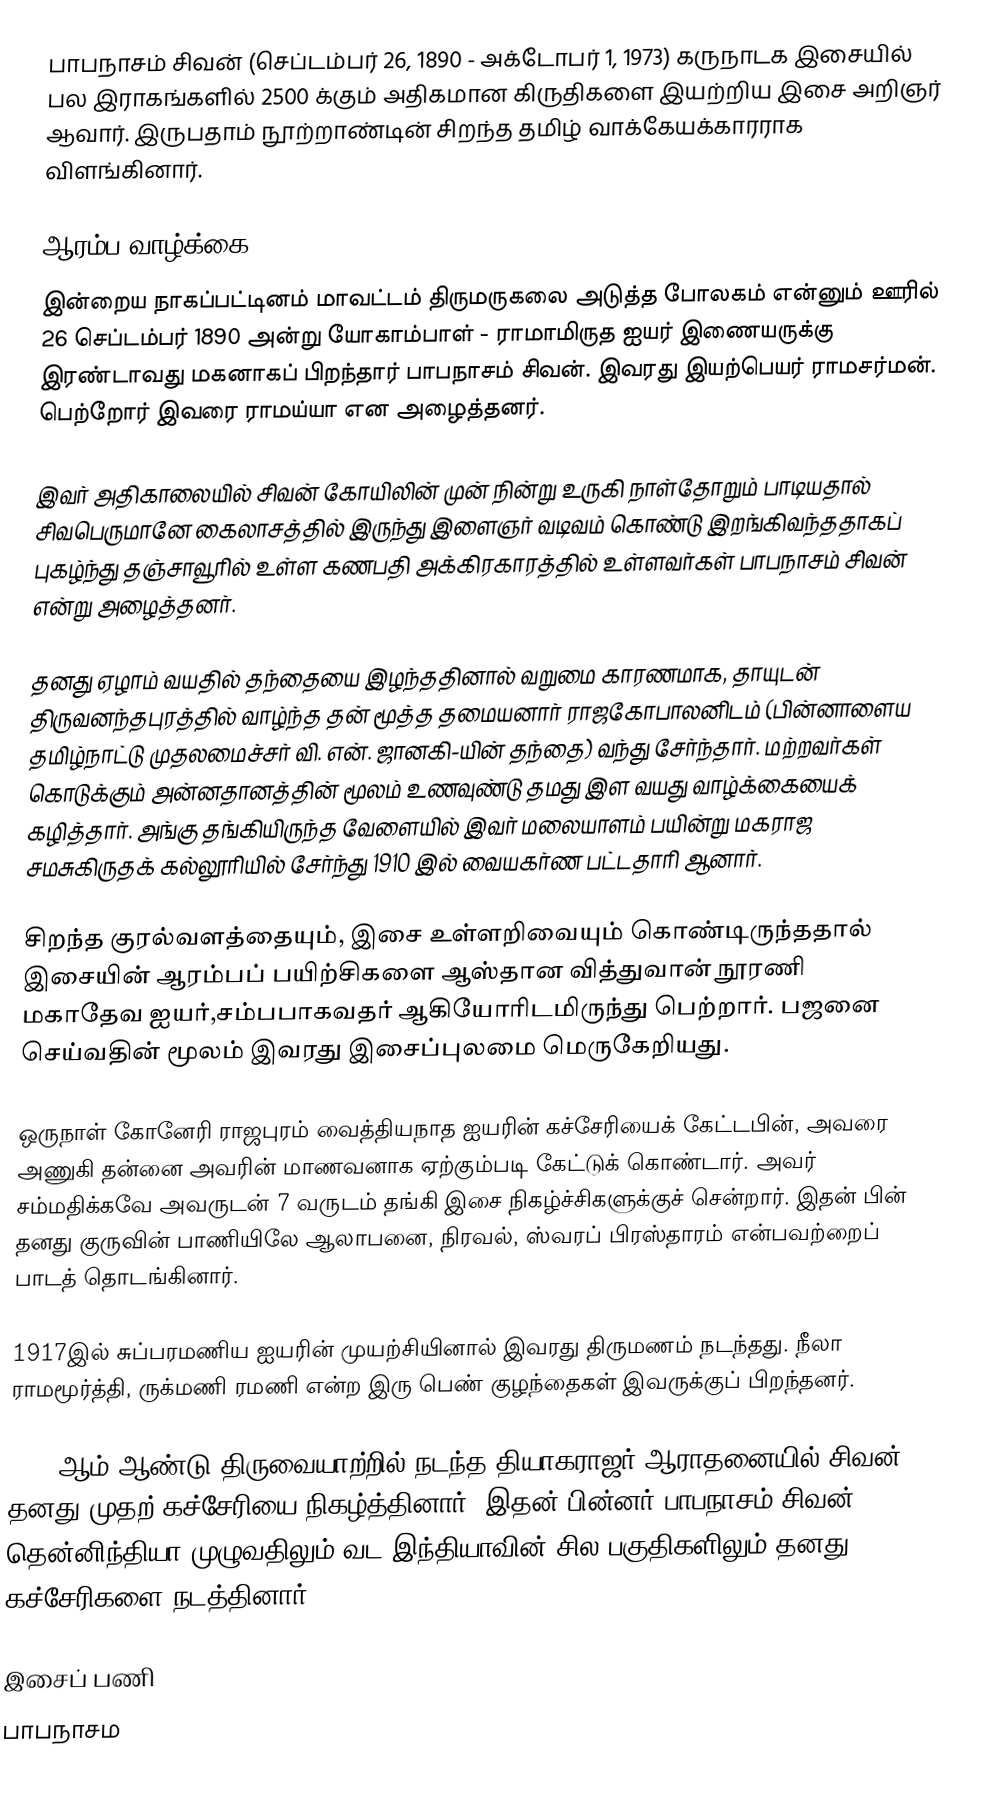
பாபநாசம் சிவன் (செப்டம்பர் 26, 1890 - அக்டோபர் 1, 1973) கருநாடக இசையில் பல இராகங்களில் 2500 க்கும் அதிகமான கிருதிகளை இயற்றிய இசை அறிஞர் ஆவார். இருபதாம் நூற்றாண்டின் சிறந்த  தமிழ் வாக்கேயக்காரராக விளங்கினார்.

ஆரம்ப வாழ்க்கை
இன்றைய நாகப்பட்டினம் மாவட்டம் திருமருகலை அடுத்த  போலகம் என்னும் ஊரில் 26 செப்டம்பர் 1890 அன்று  யோகாம்பாள் - ராமாமிருத ஐயர் இணையருக்கு இரண்டாவது மகனாகப் பிறந்தார் பாபநாசம் சிவன்.  இவரது இயற்பெயர் ராமசர்மன். பெற்றோர் இவரை ராமய்யா என அழைத்தனர்.

இவர் அதிகாலையில் சிவன் கோயிலின் முன் நின்று உருகி நாள்தோறும் பாடியதால் சிவபெருமானே கைலாசத்தில் இருந்து இளைஞர் வடிவம் கொண்டு இறங்கிவந்ததாகப் புகழ்ந்து தஞ்சாவூரில் உள்ள கணபதி அக்கிரகாரத்தில் உள்ளவர்கள் பாபநாசம் சிவன் என்று அழைத்தனர்.

தனது ஏழாம் வயதில் தந்தையை இழந்ததினால் வறுமை காரணமாக, தாயுடன் திருவனந்தபுரத்தில் வாழ்ந்த தன் மூத்த தமையனார் ராஜகோபாலனிடம் (பின்னாளைய தமிழ்நாட்டு முதலமைச்சர் வி. என். ஜானகி-யின் தந்தை) வந்து சேர்ந்தார். மற்றவர்கள் கொடுக்கும் அன்னதானத்தின் மூலம் உணவுண்டு தமது இள வயது வாழ்க்கையைக் கழித்தார். அங்கு தங்கியிருந்த வேளையில் இவர் மலையாளம் பயின்று மகராஜ சமசுகிருதக் கல்லூரியில் சேர்ந்து 1910 இல் வையகர்ண பட்டதாரி ஆனார்.

சிறந்த குரல்வளத்தையும், இசை உள்ளறிவையும் கொண்டிருந்ததால் இசையின் ஆரம்பப் பயிற்சிகளை ஆஸ்தான வித்துவான் நூரணி மகாதேவ ஐயர்,சம்பபாகவதர் ஆகியோரிடமிருந்து பெற்றார். பஜனை செய்வதின் மூலம் இவரது இசைப்புலமை மெருகேறியது.

ஒருநாள் கோனேரி ராஜபுரம் வைத்தியநாத ஐயரின் கச்சேரியைக் கேட்டபின், அவரை அணுகி தன்னை அவரின் மாணவனாக  ஏற்கும்படி கேட்டுக் கொண்டார். அவர் சம்மதிக்கவே அவருடன் 7 வருடம் தங்கி இசை நிகழ்ச்சிகளுக்குச் சென்றார். இதன் பின் தனது குருவின் பாணியிலே ஆலாபனை, நிரவல், ஸ்வரப் பிரஸ்தாரம் என்பவற்றைப் பாடத் தொடங்கினார்.

1917இல் சுப்பரமணிய ஐயரின் முயற்சியினால் இவரது திருமணம் நடந்தது. நீலா ராமமூர்த்தி, ருக்மணி ரமணி என்ற இரு பெண் குழந்தைகள் இவருக்குப் பிறந்தனர்.

1918 ஆம் ஆண்டு திருவையாற்றில் நடந்த தியாகராஜர் ஆராதனையில் சிவன் தனது முதற் கச்சேரியை நிகழ்த்தினார். இதன் பின்னர் பாபநாசம் சிவன் தென்னிந்தியா முழுவதிலும் வட இந்தியாவின் சில பகுதிகளிலும் தனது கச்சேரிகளை நடத்தினார்.

இசைப் பணி
பாபநாசம